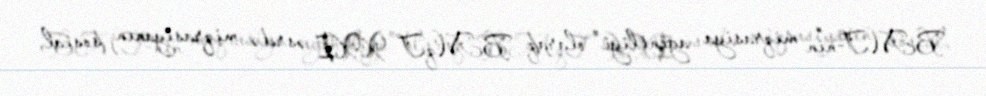
BMT-nin miqrasiya agentliyi" olaraq BMqT XXI əsrdə miqrasiyanın sosial,